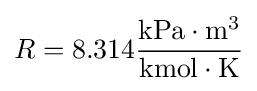
R=8.314\mathrm {\frac {kPa\cdot m^{3}}{kmol\cdot K}}